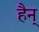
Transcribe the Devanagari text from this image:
हैन्